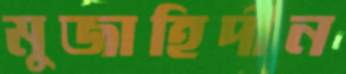
মুজাহিদীন